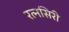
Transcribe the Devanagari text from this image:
रत्नसिरी